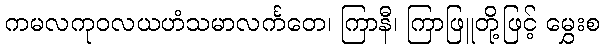
ကမလကုဝလယဟံသမာလင်္ကတေ၊ ကြာနီ၊ ကြာဖြူတို့ဖြင့် မွှေးစ